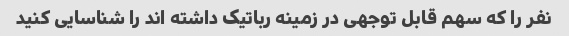
نفر را که سهم قابل توجهی در زمینه رباتیک داشته اند را شناسایی کنید